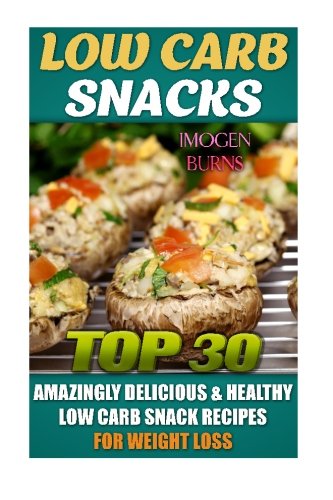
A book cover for Low Carb Snacks. Top 30 Amazingly Delicious & Healthy Low Carb Snack Recipes For Weight Loss: (low carbohydrate, high protein, low carbohydrate foods, ... Diet to Overcome Belly Fat) (Volume 2); Imogen Burns; Cookbooks, Food & Wine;